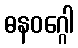
ဓနဝဂ္ဂေါ